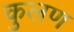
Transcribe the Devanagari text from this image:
कुलण